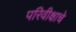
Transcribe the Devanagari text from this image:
परिवीक्षाचे